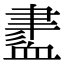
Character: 𧗁